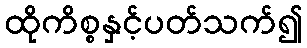
ထိုကိစ္စနှင့်ပတ်သက်၍